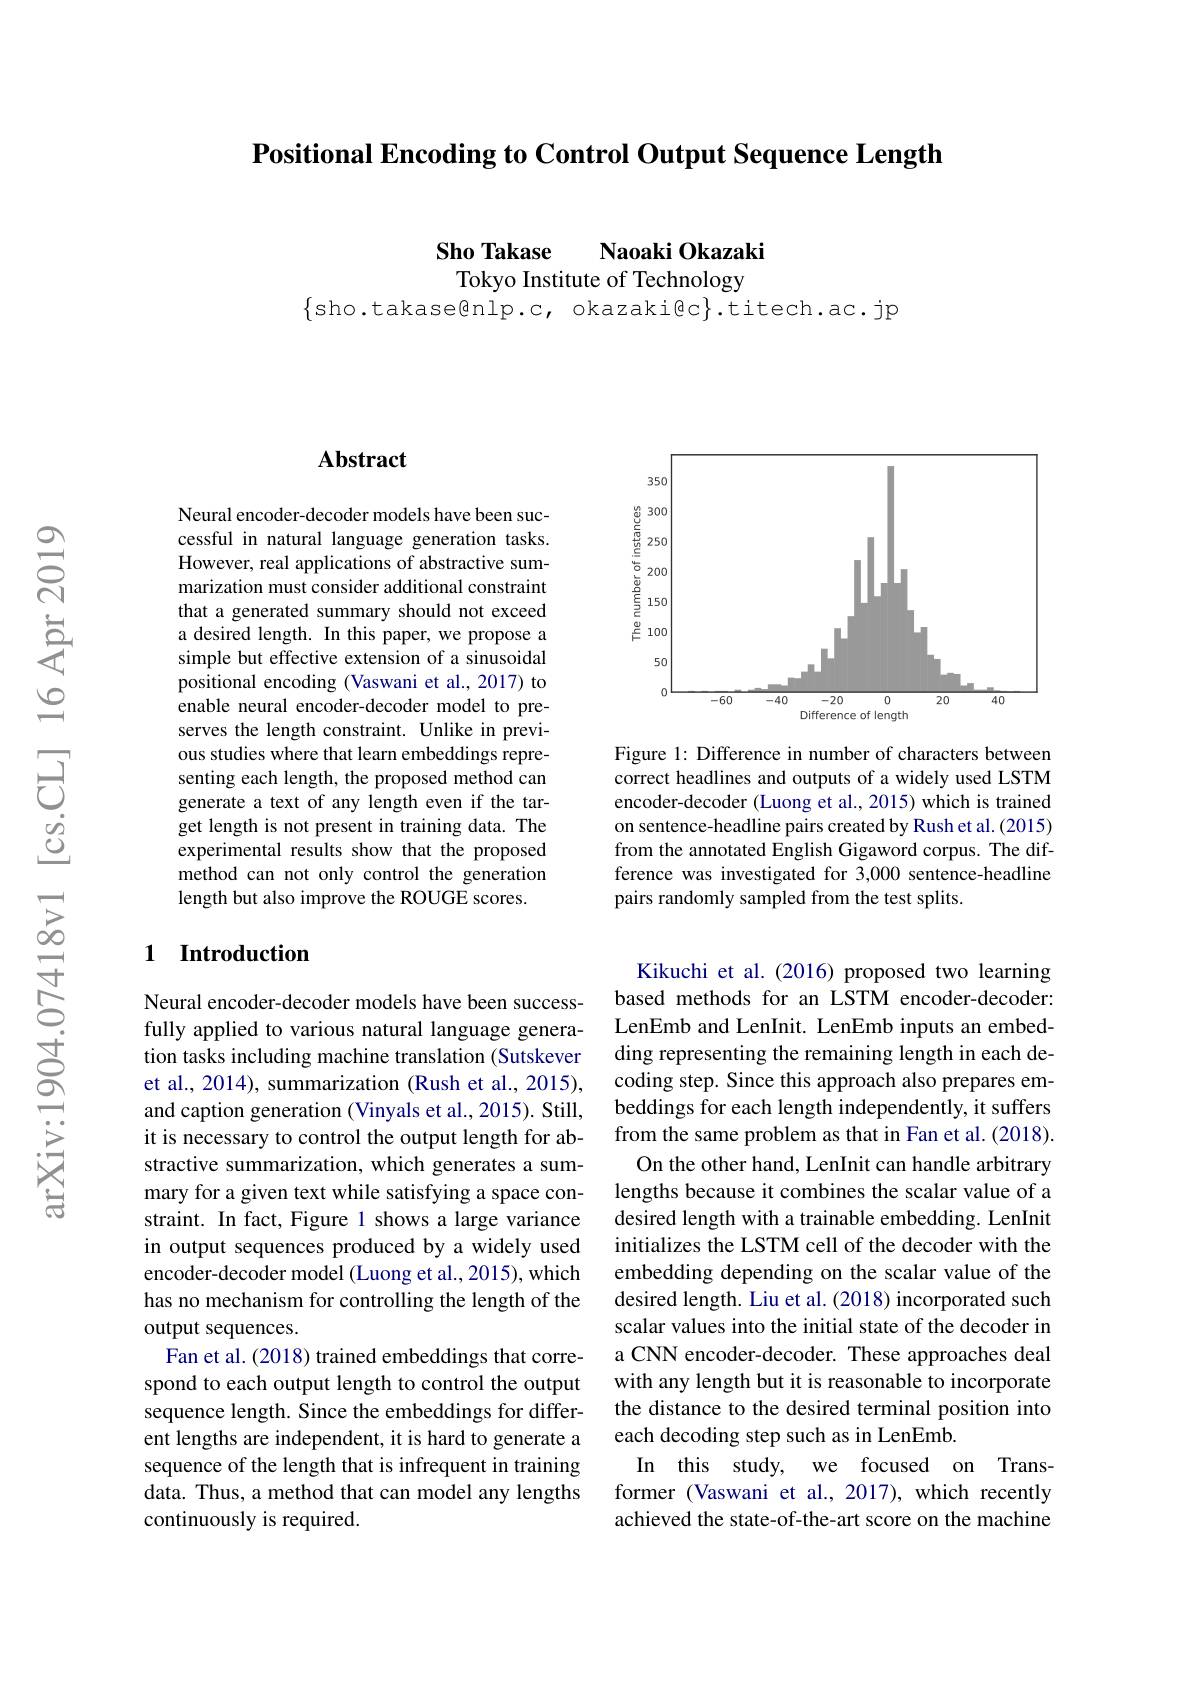
Positional Encoding to Control Output Sequence Length

Sho Takase Naoaki Okazaki Tokyo Institute of Technology

$\{$sho.takaselp.c, okazaki@c$\}.$titech.ac.jp

### $\mathbf{Abstract}$

Neural encoder-decoder models have been successful in natural language generation tasks. However, real applications of abstractive summarization must consider additional constraint that a generated summary should not exceed a desired length. In this paper, we propose a simple but effective extension of a sinusoidal positional encoding (Vaswani et al.,2017) to enable neural encoder-decoder model to preserves the length constraint. Unlike in previous studies where that learn embeddings representing each length, the proposed method can generate a text of any length even if the target length is not present in training data. The experimental results show that the proposed method can not only control the generation length but also improve the ROUGE scores.

### 1 Introduction

Neural encoder-decoder models have been successfully applied to various natural language generation tasks including machine translation (Sutskever et al., 2014), summarization (Rush et al., 2015), and caption generation (Vinyals et al., 2015). Still, it is necessary to control the output length for abstractive summarization, which generates a summary for a given text while satisfying a space constraint. In fact, Figure 1 shows a large variance in output sequences produced by a widely used encoder-decoder model (Luong et al., 2015), which has no mechanism for controlling the length of the output sequences.
Fan et al. (2018) trained embeddings that correspond to each output length to control the output sequence length. Since the embeddings for different lengths are independent, it is hard to generate a sequence of the length that is infrequent in training data. Thus, a method that can model any lengths continuously is required.

<FigureHere>

Figure 1: Difference in number of characters between correct headlines and outputs of a widely used LSTM encoder-decoder (Luong et al., 2015) which is trained on sentence-headline pairs created by Rush et al.(2015) from the annotated English Gigaword corpus. The difference was investigated for 3,000 sentence-headline pairs randomly sampled from the test splits.

Kikuchi et al.(2016) proposed two learning based methods for an LSTM encoder-decoder: LenEmb and LenInit. LenEmb inputs an embedding representing the remaining length in each decoding step. Since this approach also prepares embeddings for each length independently, it suffers from the same problem as that in Fan et al. (2018). On the other hand, LenInit can handle arbitrary lengths because it combines the scalar value of a desired length with a trainable embedding. LenInit initializes the LSTM cell of the decoder with the embedding depending on the scalar value of the desired length. Liu et al. (2018) incorporated such scalar values into the initial state of the decoder in a CNN encoder-decoder. These approaches deal with any length but it is reasonable to incorporate the distance to the desired terminal position into each decoding step such as in LenEmb.
In this study, we focused on Transformer (Vaswani et al., 2017), which recently achieved the state-of-the-art score on the machine